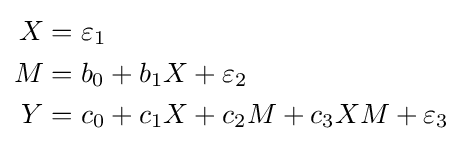
{\begin{aligned}X&=\varepsilon _{1}\\M&=b_{0}+b_{1}X+\varepsilon _{2}\\Y&=c_{0}+c_{1}X+c_{2}M+c_{3}XM+\varepsilon _{3}\end{aligned}}